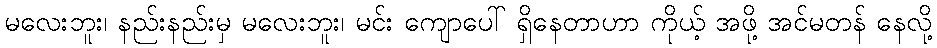
မလေးဘူး၊ နည်းနည်းမှ မလေးဘူး၊ မင်း ကျောပေါ် ရှိနေတာဟာ ကိုယ့် အဖို့ အင်မတန် နေလို့